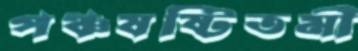
পঞ্চষষ্টিতমী